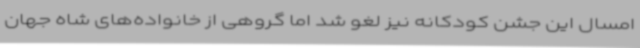
امسال این جشن کودکانه نیز لغو شد اما گروهی از خانواده‌های شاه جهان